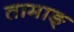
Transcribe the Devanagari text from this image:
तामाङ्‌